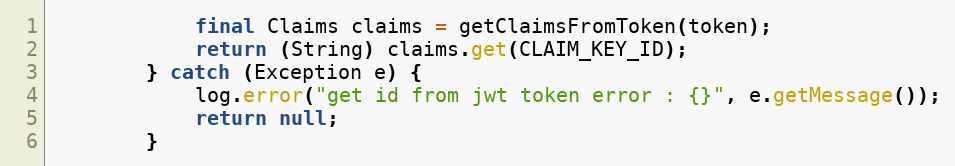
Language: Java
            final Claims claims = getClaimsFromToken(token);
            return (String) claims.get(CLAIM_KEY_ID);
        } catch (Exception e) {
            log.error("get id from jwt token error : {}", e.getMessage());
            return null;
        }